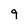
Character: 9